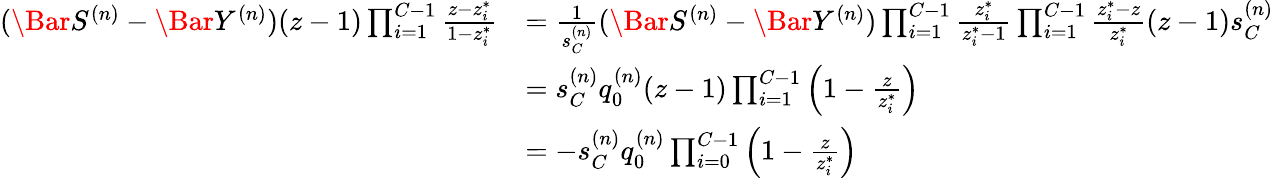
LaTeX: \begin{array}{rl}{(\Bar{S}^{(n)}-\Bar{Y}^{(n)})(z-1)\prod_{i=1}^{C-1}\frac{z-z_{i}^{*}}{1-z_{i}^{*}}}&{=\frac{1}{s_{C}^{(n)}}(\Bar{S}^{(n)}-\Bar{Y}^{(n)})\prod_{i=1}^{C-1}\frac{z_{i}^{*}}{z_{i}^{*}-1}\prod_{i=1}^{C-1}\frac{z_{i}^{*}-z}{z_{i}^{*}}(z-1)s_{C}^{(n)}}\\ &{=s_{C}^{(n)}q_{0}^{(n)}(z-1)\prod_{i=1}^{C-1}\left(1-\frac{z}{z_{i}^{*}}\right)}\\ &{=-s_{C}^{(n)}q_{0}^{(n)}\prod_{i=0}^{C-1}\left(1-\frac{z}{z_{i}^{*}}\right)}\end{array}